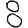
Digit: 8